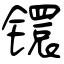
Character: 镮